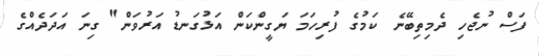
ފަސް ނުޖެހި ދެމިތިބޭނެ ކަމުގެ ފުރިހަމަ ޔަގީންކަން އަޅުގަނޑު އަރުވަން" ގިނަ އަދަދެއްގެ